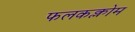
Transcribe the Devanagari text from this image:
फलकक्लोम